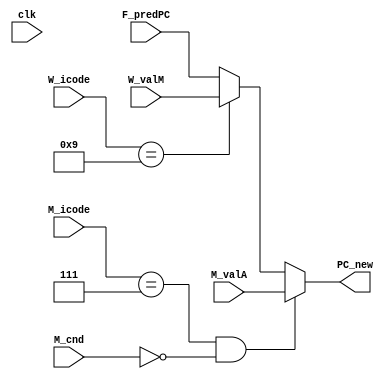
module select_PC(clk, F_predPC, W_valM, M_valA, M_icode, W_icode, M_cnd, PC_new);

input clk;
input [63:0] F_predPC, W_valM, M_valA;
input [3:0] M_icode, W_icode;
input M_cnd;

output reg [63:0] PC_new;

always @(*)
    begin
        if(M_icode==7 && !M_cnd)
        begin
            PC_new <= M_valA;
        end
        else if(W_icode==9)
        begin
            PC_new <= W_valM;
        end
        else
        begin
            PC_new <= F_predPC;
        end
    end

endmodule

module fetch (clk, F_pc, f_icode, f_ifun, f_rA, f_rB, f_valC, f_valP, f_stat, F_stat, predPC, instr_valid, imem_err, hlt);

input clk;
input [63:0] F_pc;
input [3:0] F_stat;
output reg [3:0] f_icode, f_ifun, f_rA, f_rB, f_stat;
output reg [63:0] f_valP, predPC;
output reg [0:63] f_valC;
output reg instr_valid, imem_err, hlt;

reg [7:0]  memory[0:1023]; // 1 KB
reg [0:79] instruction; // lsb -> msb... 0th bit is least significant

initial begin 

  // Instruction memory
 hlt = 0;
 /* memory[0] = 8'h10; // nop
	
	memory[1] = 8'h30; // irmovq
	memory[2] = 8'hF0; // noreg, %rax
	memory[3] = 8'h23; // 35
	memory[4] = 8'h01; // 256
	memory[5] = 8'h00; // 0
	memory[6] = 8'h00; // 0
	memory[7] = 8'h00; // 0
	memory[8] = 8'h00; // 0
	memory[9] = 8'h00; // 0
	memory[10] = 8'h00; // 0
	
	memory[11] = 8'h21; // cmovle
	memory[12] = 8'h01; // %rax, %rcx
	
	memory[13] = 8'h30; // irmovq
	memory[14] = 8'hF2; // noreg, %rdx
	memory[15] = 8'h10; // 16
	memory[16] = 8'h00; // 0
	memory[17] = 8'h00; // 0
	memory[18] = 8'h00; // 0
	memory[19] = 8'h00; // 0
	memory[20] = 8'h00; // 0
	memory[21] = 8'h00; // 0
	memory[22] = 8'h00; // 0
	
	memory[23] = 8'h30; // irmovq
	memory[24] = 8'hF3; // noreg, %rbx
	memory[25] = 8'h00; // 0
	memory[26] = 8'h01; // 256
	memory[27] = 8'h00; // 0
	memory[28] = 8'h00; // 0
	memory[29] = 8'h00; // 0
	memory[30] = 8'h00; // 0
	memory[31] = 8'h00; // 0
	memory[32] = 8'h00; // 0
	
	memory[33] = 8'h73; // je
	memory[34] = 8'h2C; // 44
	memory[35] = 8'h00; // 0
	memory[36] = 8'h00; // 0
	memory[37] = 8'h00; // 0
	memory[38] = 8'h00; // 0
	memory[39] = 8'h00; // 0
	memory[40] = 8'h00; // 0
	memory[41] = 8'h00; // 0
	
	memory[42] = 8'h61; // subq
	memory[43] = 8'h32; // %rbx, %rdx
	
	memory[44] = 8'h71; // jle
	memory[45] = 8'h3F; // 63
	memory[46] = 8'h00; // 0
	memory[47] = 8'h00; // 0
	memory[48] = 8'h00; // 0
	memory[49] = 8'h00; // 0
	memory[50] = 8'h00; // 0
	memory[51] = 8'h00; // 0
	memory[52] = 8'h00; // 0
	
	memory[53] = 8'h30; // irmovq
	memory[54] = 8'hF3; // noreg, %rbx
	memory[55] = 8'h11; // 17
	memory[56] = 8'h01; // 256
	memory[57] = 8'h00; // 0
	memory[58] = 8'h00; // 0
	memory[59] = 8'h00; // 0
	memory[60] = 8'h00; // 0
	memory[61] = 8'h00; // 0
	memory[62] = 8'h00; // 0
	
	memory[63] = 8'h21; // cmovle
	memory[64] = 8'h01; // %rax, %rcx
	
	memory[65] = 8'h30; // irmovq
	memory[66] = 8'hF4; // noreg, %rsp
	memory[67] = 8'h0A; // 10
	memory[68] = 8'h00; // 0
	memory[69] = 8'h00; // 0
	memory[70] = 8'h00; // 0
	memory[71] = 8'h00; // 0
	memory[72] = 8'h00; // 0
	memory[73] = 8'h00; // 0
	memory[74] = 8'h00; // 0
	
	memory[75] = 8'h80; // call
	memory[76] = 8'h5F; // 95
	memory[77] = 8'h00; // 0
	memory[78] = 8'h00; // 0
	memory[79] = 8'h00; // 0
	memory[80] = 8'h00; // 0
	memory[81] = 8'h00; // 0
	memory[82] = 8'h00; // 0
	memory[83] = 8'h00; // 0
	
	memory[84] = 8'h40; // rmmovq
	memory[85] = 8'h37; // %rbx, %rdi
	memory[86] = 8'h05; // 5
	memory[87] = 8'h00; // 0
	memory[88] = 8'h00; // 0
	memory[89] = 8'h00; // 0
	memory[90] = 8'h00; // 0
	memory[91] = 8'h00; // 0
	memory[92] = 8'h00; // 0
	memory[93] = 8'h00; // 0
	
	memory[94] = 8'h00; // halt
	
	memory[95] = 8'h63; // xorq
	memory[96] = 8'h01; // %rax, %rcx
	
	memory[97] = 8'h90; // ret */
	
	/* memory[0] = 8'h30; // irmovq
	memory[1] = 8'hF2; // noreg, %rdx
	memory[2] = 8'h80; // 128
	memory[3] = 8'h00; // 0
	memory[4] = 8'h00; // 0
	memory[5] = 8'h00; // 0
	memory[6] = 8'h00; // 0
	memory[7] = 8'h00; // 0
	memory[8] = 8'h00; // 0
	memory[9] = 8'h00; // 0
	
	memory[10] = 8'h30; // irmovq
	memory[11] = 8'hF1; // noreg, %rcx
	memory[12] = 8'h03; // 3
	memory[13] = 8'h00; // 0
	memory[14] = 8'h00; // 0
	memory[15] = 8'h00; // 0
	memory[16] = 8'h00; // 0
	memory[17] = 8'h00; // 0
	memory[18] = 8'h00; // 0
	memory[19] = 8'h00; // 0
	
	memory[20] = 8'h40; // rmmovq
	memory[21] = 8'h2c; // %rdx, %rcx
	memory[22] = 8'h00; // 0
	memory[23] = 8'h00; // 0
	memory[24] = 8'h00; // 0
	memory[25] = 8'h00; // 0
	memory[26] = 8'h00; // 0
	memory[27] = 8'h00; // 0
	memory[28] = 8'h00; // 0
	memory[29] = 8'h00; // 0
	
	memory[30] = 8'h30; // irmovq
	memory[31] = 8'hF3; // noreg, %rbx
	memory[32] = 8'h0A; // 10
	memory[33] = 8'h00; // 0
	memory[34] = 8'h00; // 0
	memory[35] = 8'h00; // 0
	memory[36] = 8'h00; // 0
	memory[37] = 8'h00; // 0
	memory[38] = 8'h00; // 0
	memory[39] = 8'h00; // 0
	
	memory[40] = 8'h50; // mrmovq
	memory[41] = 8'h02; // %rax, %rdx
	memory[42] = 8'h00; // 0
	memory[43] = 8'h00; // 0
	memory[44] = 8'h00; // 0
	memory[45] = 8'h00; // 0
	memory[46] = 8'h00; // 0
	memory[47] = 8'h00; // 0
	memory[48] = 8'h00; // 0
	memory[49] = 8'h00; // 0
	
	memory[50] = 8'h60; // addq
	memory[51] = 8'h03; // %rax, %rbx
	
	memory[52] = 8'h00; // halt */
	
	// Data Forwarding TEST
	/* memory[0] = 8'h10; // nop
	
	memory[1] = 8'h30; // irmovq
	memory[2] = 8'hF2; // noreg, %rdx
	memory[3] = 8'h0A; // 10
	memory[4] = 8'h00; // 0
	memory[5] = 8'h00; // 0
	memory[6] = 8'h00; // 0
	memory[7] = 8'h00; // 0
	memory[8] = 8'h00; // 0
	memory[9] = 8'h00; // 0
	memory[10] = 8'h00; // 0
	
	memory[11] = 8'h30; // irmovq
	memory[12] = 8'hF0; // noreg, %rax
	memory[13] = 8'h03; // 3
	memory[14] = 8'h00; // 0
	memory[15] = 8'h00; // 0
	memory[16] = 8'h00; // 0
	memory[17] = 8'h00; // 0
	memory[18] = 8'h00; // 0
	memory[19] = 8'h00; // 0
	memory[20] = 8'h00; // 0
	
	memory[21] = 8'h60; // addq
	memory[22] = 8'h02; // %rax, %rdx
	
	memory[23] = 8'h00; // halt */
	
	// ret TEST
	/*memory[0] = 8'h10; // nop
	
	memory[1] = 8'h30; // irmovq
	memory[2] = 8'hF4; // noreg, %rsp
	memory[3] = 8'h0A; // 10
	memory[4] = 8'h00; // 0
	memory[5] = 8'h00; // 0
	memory[6] = 8'h00; // 0
	memory[7] = 8'h00; // 0
	memory[8] = 8'h00; // 0
	memory[9] = 8'h00; // 0
	memory[10] = 8'h00; // 0
	
	memory[11] = 8'h80; // call
	memory[12] = 8'h20; // 32
	memory[13] = 8'h00; // 0
	memory[14] = 8'h00; // 0
	memory[15] = 8'h00; // 0
	memory[16] = 8'h00; // 0
	memory[17] = 8'h00; // 0
	memory[18] = 8'h00; // 0
	memory[19] = 8'h00; // 0
	
	memory[20] = 8'h30; // irmovq
	memory[21] = 8'hF6; // noreg, %rsi
	memory[22] = 8'h05; // 5
	memory[23] = 8'h00; // 0
	memory[24] = 8'h00; // 0
	memory[25] = 8'h00; // 0
	memory[26] = 8'h00; // 0
	memory[27] = 8'h00; // 0
	memory[28] = 8'h00; // 0
	memory[29] = 8'h00; // 0
	
	memory[30] = 8'h00; // halt
	
	memory[31] = 8'hF0; // invalid
	
	memory[32] = 8'h30; // irmovq
	memory[33] = 8'hF7; // noreg, %rdi
	memory[34] = 8'hFF; // -1
	memory[35] = 8'hFF; // 0
	memory[36] = 8'hFF; // 0
	memory[37] = 8'hFF; // 0
	memory[38] = 8'hFF; // 0
	memory[39] = 8'hFF; // 0
	memory[40] = 8'hFF; // 0
	memory[41] = 8'hFF; // 0

	memory[42] = 8'h90; // ret

	memory[43] = 8'h30; // irmovq
	memory[44] = 8'hF0; // noreg, %rax
	memory[45] = 8'h01; // 1
	memory[46] = 8'h00; // 0
	memory[47] = 8'h00; // 0
	memory[48] = 8'h00; // 0
	memory[49] = 8'h00; // 0
	memory[50] = 8'h00; // 0
	memory[51] = 8'h00; // 0
	memory[52] = 8'h00; // 0
	
	memory[53] = 8'h30; // irmovq
	memory[54] = 8'hF1; // noreg, %rcx
	memory[55] = 8'h02; // 2
	memory[56] = 8'h00; // 0
	memory[57] = 8'h00; // 0
	memory[58] = 8'h00; // 0
	memory[59] = 8'h00; // 0
	memory[60] = 8'h00; // 0
	memory[61] = 8'h00; // 0
	memory[62] = 8'h00; // 0
	
	memory[63] = 8'h30; // irmovq
	memory[64] = 8'hF2; // noreg, %rdx
	memory[65] = 8'h03; // 3
	memory[66] = 8'h00; // 0
	memory[67] = 8'h00; // 0
	memory[68] = 8'h00; // 0
	memory[69] = 8'h00; // 0
	memory[70] = 8'h00; // 0
	memory[71] = 8'h00; // 0
	memory[72] = 8'h00; // 0
	
	memory[73] = 8'h30; // irmovq
	memory[74] = 8'hF3; // noreg, %rbx
	memory[75] = 8'h04; // 4
	memory[76] = 8'h00; // 0
	memory[77] = 8'h00; // 0
	memory[78] = 8'h00; // 0
	memory[79] = 8'h00; // 0
	memory[80] = 8'h00; // 0
	memory[81] = 8'h00; // 0
	memory[82] = 8'h00; // 0 */
	
  /*
	// Mispredicted Branch TEST
	memory[0] = 8'h10; // nop
	
	memory[1] = 8'h63; // xorq
	memory[2] = 8'h11; // %rax, %rax
	
	memory[3] = 8'h74; // jne
	memory[4] = 8'h1A; // 26
	memory[5] = 8'h00; // 0
	memory[6] = 8'h00; // 0
	memory[7] = 8'h00; // 0
	memory[8] = 8'h00; // 0
	memory[9] = 8'h00; // 0
	memory[10] = 8'h00; // 0
	memory[11] = 8'h00; // 0
	
	memory[12] = 8'h30; // irmovq
	memory[13] = 8'hF0; // noreg, %rax
	memory[14] = 8'h01; // 1
	memory[15] = 8'h00; // 0
	memory[16] = 8'h00; // 0
	memory[17] = 8'h00; // 0
	memory[18] = 8'h00; // 0
	memory[19] = 8'h00; // 0
	memory[20] = 8'h00; // 0
	memory[21] = 8'h00; // 0
	
	memory[22] = 8'h10; // nop
	
	memory[23] = 8'h10; // nop
	
	memory[24] = 8'h10; // nop
	
	memory[25] = 8'h00; // halt
	
	memory[26] = 8'h30; // irmovq
	memory[27] = 8'hF2; // noreg, %rdx
	memory[28] = 8'h03; // 3
	memory[29] = 8'h00; // 0
	memory[30] = 8'h00; // 0
	memory[31] = 8'h00; // 0
	memory[32] = 8'h00; // 0
	memory[33] = 8'h00; // 0
	memory[34] = 8'h00; // 0
	memory[35] = 8'h00; // 0
	
	memory[36] = 8'h30; // irmovq
	memory[37] = 8'hF1; // noreg, %rcx
	memory[38] = 8'h04; // 4
	memory[39] = 8'h00; // 0
	memory[40] = 8'h00; // 0
	memory[41] = 8'h00; // 0
	memory[42] = 8'h00; // 0
	memory[43] = 8'h00; // 0
	memory[44] = 8'h00; // 0
	memory[45] = 8'h00; // 0
	
	memory[46] = 8'h30; // irmovq
	memory[47] = 8'hF2; // noreg, %rdx
	memory[48] = 8'h05; // 5
	memory[49] = 8'h00; // 0
	memory[50] = 8'h00; // 0
	memory[51] = 8'h00; // 0
	memory[52] = 8'h00; // 0
	memory[53] = 8'h00; // 0
	memory[54] = 8'h00; // 0
	memory[55] = 8'h00; // 0 
	memory[56] = 8'h00; // halt */
	// Mispredicted Branch and ret TEST
	/* memory[0] = 8'h10; // nop
	
	memory[1] = 8'h30; // irmovq
	memory[2] = 8'hF4; // noreg, %rsp
	memory[3] = 8'h20; // 32
	memory[4] = 8'h00; // 0
	memory[5] = 8'h00; // 0
	memory[6] = 8'h00; // 0
	memory[7] = 8'h00; // 0
	memory[8] = 8'h00; // 0
	memory[9] = 8'h00; // 0
	memory[10] = 8'h00; // 0
	
	memory[11] = 8'h30; // irmovq
	memory[12] = 8'hF0; // noreg, %rax
	memory[13] = 8'h39; // 57
	memory[14] = 8'h00; // 0
	memory[15] = 8'h00; // 0
	memory[16] = 8'h00; // 0
	memory[17] = 8'h00; // 0
	memory[18] = 8'h00; // 0
	memory[19] = 8'h00; // 0
	memory[20] = 8'h00; // 0
	
	memory[21] = 8'hA0; // pushq
	memory[22] = 8'h0F; // %rax, noreg
	
	memory[23] = 8'h63; // xorq
	memory[24] = 8'h00; // %rax, %rax
	
	memory[25] = 8'h74; // jne
	memory[26] = 8'h2D; // 45
	memory[27] = 8'h00; // 0
	memory[28] = 8'h00; // 0
	memory[29] = 8'h00; // 0
	memory[30] = 8'h00; // 0
	memory[31] = 8'h00; // 0
	memory[32] = 8'h00; // 0
	memory[33] = 8'h00; // 0
	
	memory[34] = 8'h30; // irmovq
	memory[35] = 8'hF0; // noreg, %rax
	memory[36] = 8'h01; // 1
	memory[37] = 8'h00; // 0
	memory[38] = 8'h00; // 0
	memory[39] = 8'h00; // 0
	memory[40] = 8'h00; // 0
	memory[41] = 8'h00; // 0
	memory[42] = 8'h00; // 0
	memory[43] = 8'h00; // 0
	
	memory[44] = 8'h00; // halt
	
	memory[45] = 8'h90; // ret
	
	memory[46] = 8'h30; // irmovq
	memory[47] = 8'hF3; // noreg, %rbx
	memory[48] = 8'h02; // 2
	memory[49] = 8'h00; // 0
	memory[50] = 8'h00; // 0
	memory[51] = 8'h00; // 0
	memory[52] = 8'h00; // 0
	memory[53] = 8'h00; // 0
	memory[54] = 8'h00; // 0
	memory[55] = 8'h00; // 0
	
	memory[56] = 8'h00; // halt
	
	memory[57] = 8'h30; // irmovq
	memory[58] = 8'hF2; // noreg, %rdx
	memory[59] = 8'h03; // 3
	memory[60] = 8'h00; // 0
	memory[61] = 8'h00; // 0
	memory[62] = 8'h00; // 0
	memory[63] = 8'h00; // 0
	memory[64] = 8'h00; // 0
	memory[65] = 8'h00; // 0
	memory[66] = 8'h00; // 0
	
	memory[67] = 8'h00; // halt */
	
	// Load/Use Hazard TEST
	/*memory[0] = 8'h10; // nop
	
	memory[1] = 8'h30; // irmovq
	memory[2] = 8'hF2; // noreg, %rdx
	memory[3] = 8'h80; // 128
	memory[4] = 8'h00; // 0
	memory[5] = 8'h00; // 0
	memory[6] = 8'h00; // 0
	memory[7] = 8'h00; // 0
	memory[8] = 8'h00; // 0
	memory[9] = 8'h00; // 0
	memory[10] = 8'h00; // 0
	
	memory[11] = 8'h30; // irmovq
	memory[12] = 8'hF1; // noreg, %rcx
	memory[13] = 8'h03; // 3
	memory[14] = 8'h00; // 0
	memory[15] = 8'h00; // 0
	memory[16] = 8'h00; // 0
	memory[17] = 8'h00; // 0
	memory[18] = 8'h00; // 0
	memory[19] = 8'h00; // 0
	memory[20] = 8'h00; // 0
	
	memory[21] = 8'h40; // rmmovq
	memory[22] = 8'h12; // %rcx, %rdx
	memory[23] = 8'h00; // 0
	memory[24] = 8'h00; // 0
	memory[25] = 8'h00; // 0
	memory[26] = 8'h00; // 0
	memory[27] = 8'h00; // 0
	memory[28] = 8'h00; // 0
	memory[29] = 8'h00; // 0
	memory[30] = 8'h00; // 0
	
	memory[31] = 8'h30; // irmovq
	memory[32] = 8'hF3; // noreg, %rbx
	memory[33] = 8'h0A; // 10
	memory[34] = 8'h00; // 0
	memory[35] = 8'h00; // 0
	memory[36] = 8'h00; // 0
	memory[37] = 8'h00; // 0
	memory[38] = 8'h00; // 0
	memory[39] = 8'h00; // 0
	memory[40] = 8'h00; // 0
	
	memory[41] = 8'h50; // mrmovq
	memory[42] = 8'h02; // %rax, %rdx
	memory[43] = 8'h00; // 0
	memory[44] = 8'h00; // 0
	memory[45] = 8'h00; // 0
	memory[46] = 8'h00; // 0
	memory[47] = 8'h00; // 0
	memory[48] = 8'h00; // 0
	memory[49] = 8'h00; // 0
	memory[50] = 8'h00; // 0
	
	memory[51] = 8'h60; // addq
	memory[52] = 8'h30; // %rbx, %rax
	
	memory[53] = 8'h00; // halt
*/
  end
always @*
begin
  imem_err=0;
  if (F_pc > 101) begin
   imem_err =1;
  end

  instruction = {
    memory[F_pc],
    memory[F_pc+1],
    memory[F_pc+2],
    memory[F_pc+3],
    memory[F_pc+4],
    memory[F_pc+5],
    memory[F_pc+6],
    memory[F_pc+7],
    memory[F_pc+8],
    memory[F_pc+9]
  };

  f_icode = instruction[0:3];
  f_ifun  = instruction[4:7];
  instr_valid = 1'd0;
  hlt = 64'd0;
  case(f_icode)

    //hlt
    4'h0  : begin
      hlt = 64'd1;
      f_valP= F_pc + 64'd1;
    end

    //nop
    4'h1	: f_valP= F_pc + 64'd1;

    /* cmovXX
      4'd0	: //rrmovq
      4'd1	: //cmovle
      4'd2	: //cmovl
      4'd3	: //cmove
      4'd4	: //cmovne
      4'd5	: //cmovge
      4'd6	: //cmovg */
    4'h2	: begin            
      f_rA = instruction[8:11];
      f_rB = instruction[12:15];
      f_valP =F_pc + 64'd2;
    end
    

    //irmovq
    4'h3	: begin
        f_rA = instruction[8:11];  // F
        f_rB = instruction[12:15]; 
        f_valC = {
          instruction[72:79],
          instruction[64:71],
          instruction[56:63],
          instruction[48:55],
          instruction[40:47],
          instruction[32:39],
          instruction[24:31],
          instruction[16:23]
        };
        f_valP = F_pc + 64'd10;
    end
    
    //rmmovq
    4'h4	: begin
      f_rA = instruction[8:11];
      f_rB = instruction[12:15]; 
      f_valC = {
        instruction[72:79],
        instruction[64:71],
        instruction[56:63],
        instruction[48:55],
        instruction[40:47],
        instruction[32:39],
        instruction[24:31],
        instruction[16:23]
      };
      f_valP = F_pc + 64'd10;
    end

    //mrmovq  
    4'h5	: begin
      f_rA = instruction[8:11];
      f_rB = instruction[12:15]; 
      f_valC = {
        instruction[72:79],
        instruction[64:71],
        instruction[56:63],
        instruction[48:55],
        instruction[40:47],
        instruction[32:39],
        instruction[24:31],
        instruction[16:23]
      };
      f_valP = F_pc + 64'd10;
    end 
    
    /* opq
      4'd0	: //addq
      4'd1	: //subq
      4'd2	: //andq
      4'd3	: //xorq
      end*/
    4'h6	: begin
        f_rA[3:0] = instruction[8:11];
        f_rB[3:0] = instruction[12:15];
        f_valP = F_pc + 64'd2;
    end
      
    
    /* jump
      4'd0	: //jmp
      4'd1	: //jle
      4'd2	: //jl
      4'd3	: //je
      4'd4	: //jne
      4'd5	: //jge
      4'd6	: //jg*/
    4'h7	: begin
      f_valC = {
        instruction[64:71],
        instruction[56:63],
        instruction[48:55],
        instruction[40:47],
        instruction[32:39],
        instruction[24:31],
        instruction[16:23],
        instruction[8:15]
      };
      f_valP = F_pc + 64'd9;
    end 

    //call
    4'h8	: begin
      f_valC = {
        instruction[64:71],
        instruction[56:63],
        instruction[48:55],
        instruction[40:47],
        instruction[32:39],
        instruction[24:31],
        instruction[16:23],
        instruction[8:15]
      };
      f_valP = F_pc + 64'd9;
    end 

    4'h9  : f_valP = F_pc + 64'd1;//ret

    //pushq
    4'hA  :  begin            
      f_rA = instruction[8:11];
      f_rB = instruction[12:15];
      f_valP =F_pc + 64'd2;
    end

    //popq
    4'hB  :  begin            
      f_rA = instruction[8:11];
      f_rB = instruction[12:15];
      f_valP =F_pc + 64'd2;
    end
    
    default : instr_valid = 1'd1;
  endcase
  
end

// ***************************************** //
// ***************************************** //
// predicting PC
always@(f_valP or f_valC or f_icode)
    begin
        if(f_icode == 7 || f_icode == 8)
            begin
                predPC = f_valC;
            end
        else
            begin
                predPC = f_valP;
            end
    end

endmodule